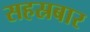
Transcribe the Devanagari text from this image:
सहस्रबार